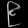
Digit: ၉